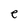
Character: e